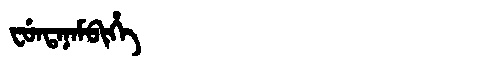
Manchu: ᠸᡠᠨᡨᠠᠨᠠᠮᠪᡳᡥᡝ
Romanization: FUNTANAMBIHE